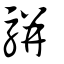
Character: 駢